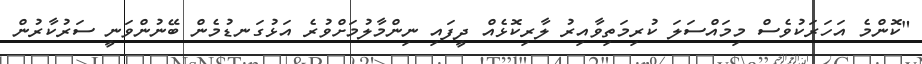
"ކޮންމެ އަހަރަކުވެސް މިމައްސަލަ ކުރިމަތިވާއިރު ލާރިކޮޅެއް ދީފައި ނިންމާލުމަށްވުރެ އަޅުގަނޑުމެން ބޭނުންވަނީ ސަރުކާރުން